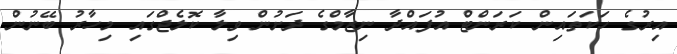
އިރުގެ ހަކަތައިން ކަރަންޓް އުފައްދާ ނިޒާމްގެ ދަށުން ވިލާ ކޮލެޖްގައި މިހާރު ބޭނުން